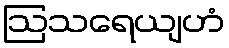
ဩသရေယျဟံ